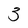
Character: 3